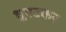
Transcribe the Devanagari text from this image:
भूपटकर